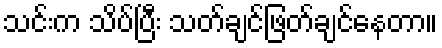
သင်းက သိပ်ပြီး သတ်ချင်ဖြတ်ချင်နေတာ။